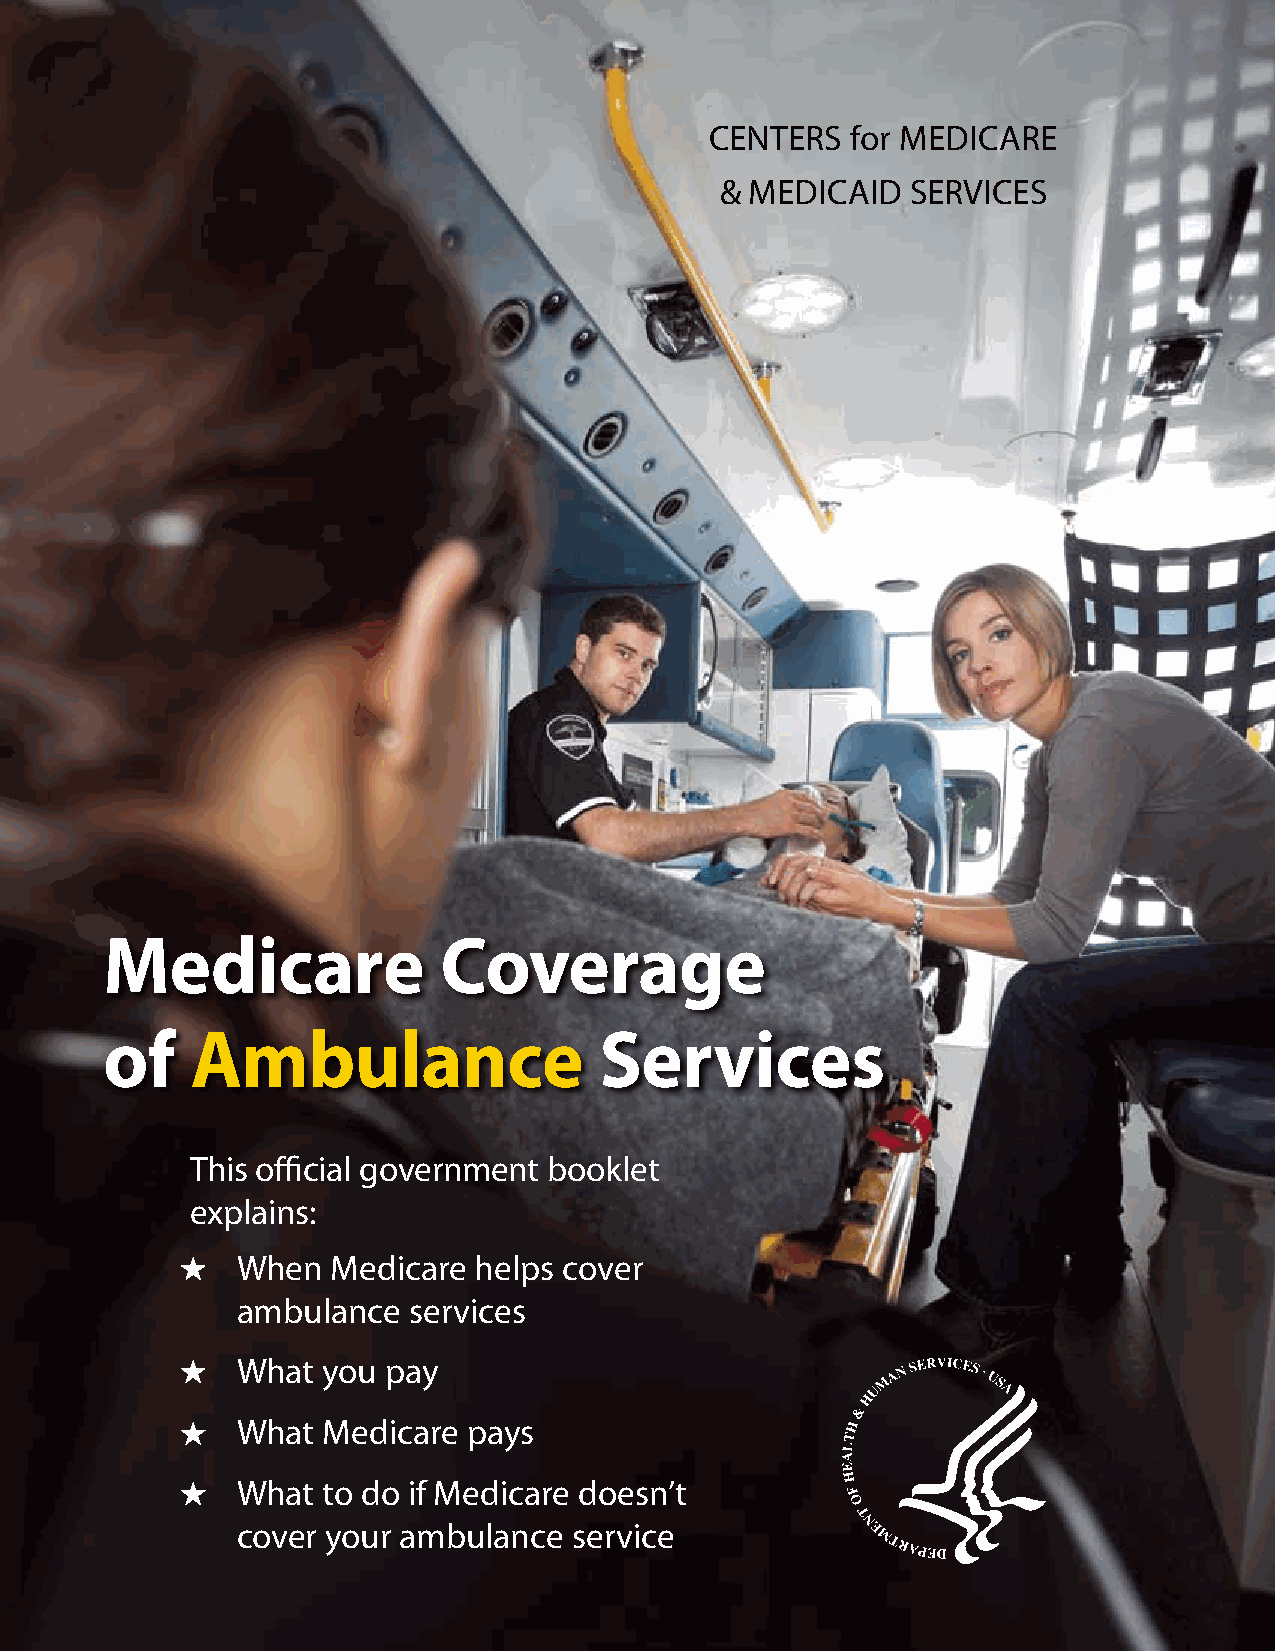
CENTERS  for MEDICARE
 & MEDICAID  SERVICES
 Medicare              Coverage
 of    Ambulance                  Services
 This official government booklet
 explains:
 When  Medicare helps cover
 ambulance  services
 What you  pay
 What Medicare  pays
 What to do if Medicare doesn’t
 cover your ambulance  service